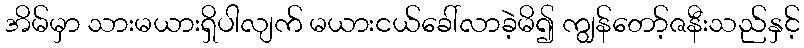
အိမ်မှာ သားမယားရှိပါလျက် မယားငယ်ခေါ်လာခဲ့မိ၍ ကျွန်တော့်ဇနီးသည်နှင့်